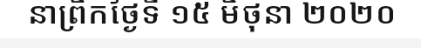
នាព្រឹកថ្ងៃទី ១៥ មិថុនា ២០២០